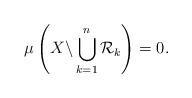
LaTeX: \begin{align*}\mu\left( X \backslash \bigcup_{k = 1}^n \mathcal{R}_k\right) = 0.\end{align*}